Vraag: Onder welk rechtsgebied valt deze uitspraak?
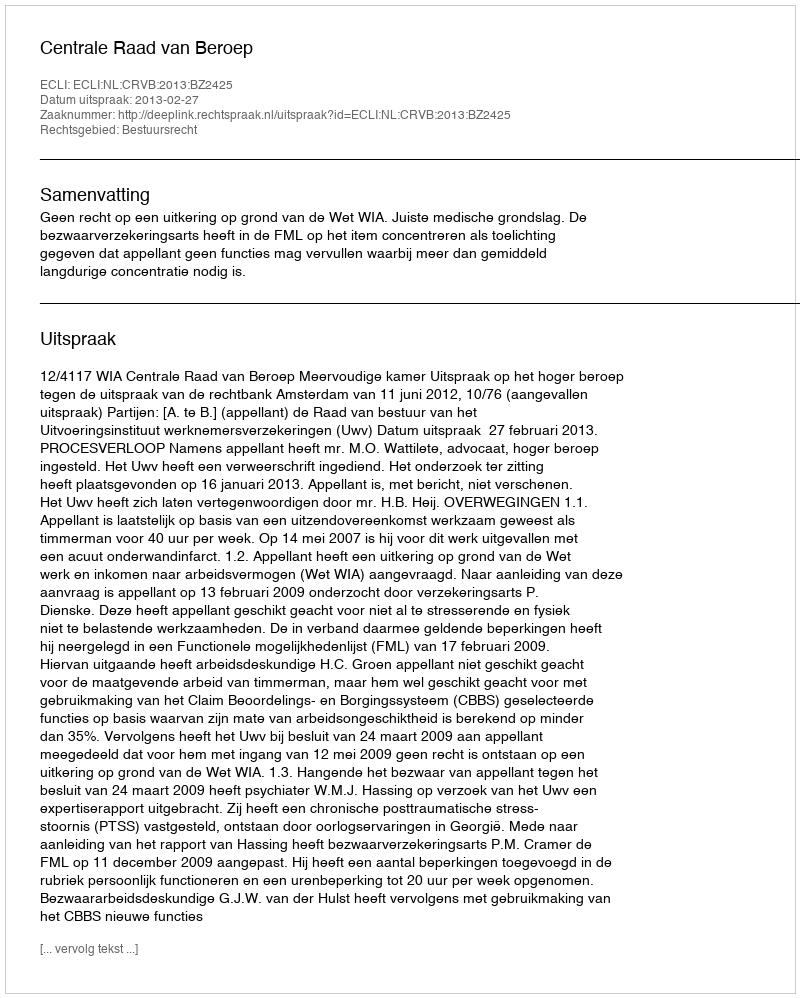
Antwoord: Bestuursrecht